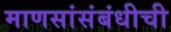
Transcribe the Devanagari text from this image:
माणसांसंबंधीची